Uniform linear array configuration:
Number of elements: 32
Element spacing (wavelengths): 1
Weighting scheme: kaiser
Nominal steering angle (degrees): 30
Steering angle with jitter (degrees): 28.695
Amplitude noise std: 0.05
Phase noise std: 0.05

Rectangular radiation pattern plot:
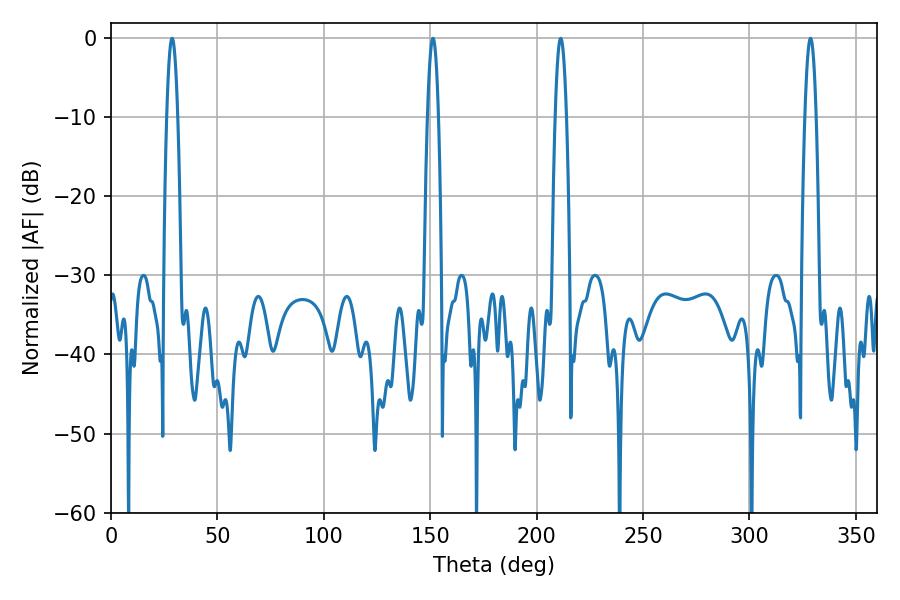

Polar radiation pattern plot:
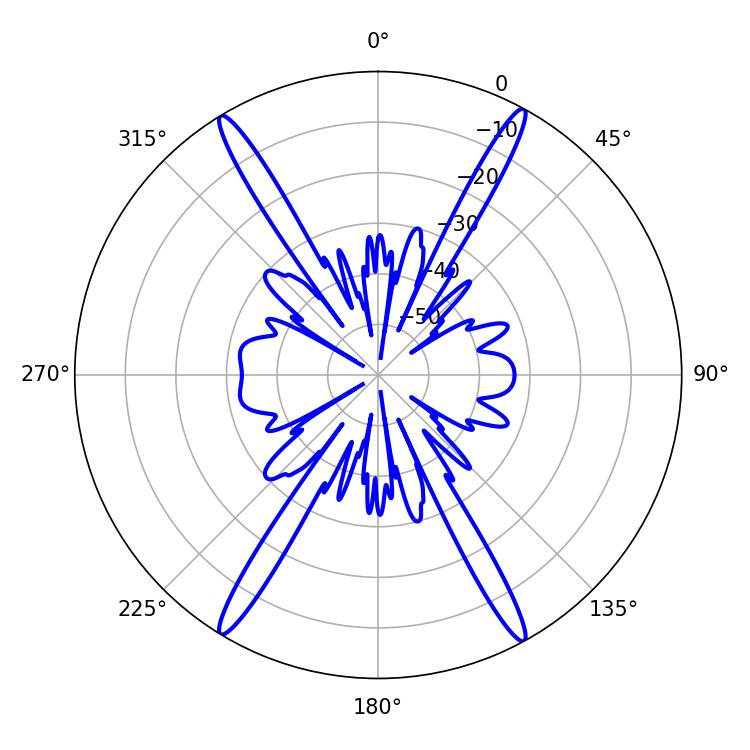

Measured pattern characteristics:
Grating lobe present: TRUE
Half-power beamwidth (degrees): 2.88
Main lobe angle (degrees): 328.68